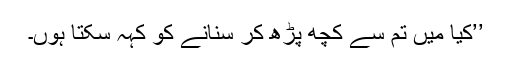
’’کیا میں تم سے کچھ پڑھ کر سنانے کو کہہ سکتا ہوں۔